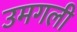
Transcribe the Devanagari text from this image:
उमगली